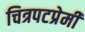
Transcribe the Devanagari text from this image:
चित्रपटप्रेमी